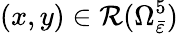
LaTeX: (x,y)\in\mathcal{R}(\Omega_{\bar{\varepsilon}}^{5})